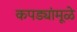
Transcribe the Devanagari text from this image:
कपड्यांमूळे